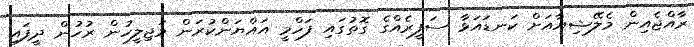
ރާއްޖެއިން މެލޭޝިޔާއަށް ކަނޑައަޅާ ސަފީރެއްގެ ގޮތުގައި ފަހްމީ އައްޔަންކުރަން މަޖިލީހުން ރުހުން ދީފައި